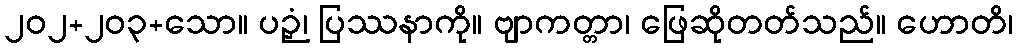
၂၀၂+၂၀၃+သော။ ပဉှံ၊ ပြဿနာကို။ ဗျာကတ္တာ၊ ဖြေဆိုတတ်သည်။ ဟောတိ၊